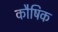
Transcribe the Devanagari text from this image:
कौषिक